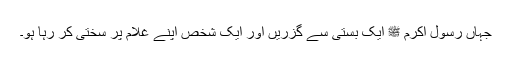
جہاں رسول اکرم ﷺ ایک بستی سے گزریں اور ایک شخص اپنے غلام پر سختی کر رہا ہو۔